Specificity of antivenomous sera, with special reference to a serum prepared with the venom of Daboia russellii - Number 16
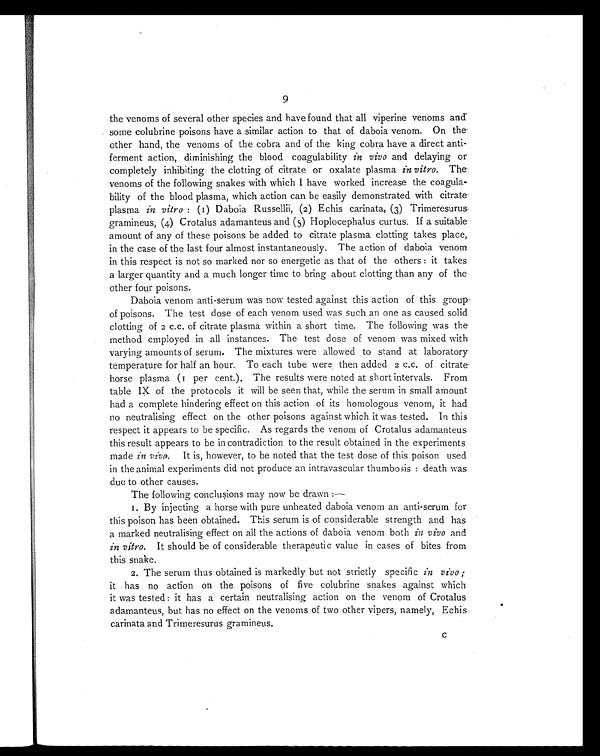
9
the venoms of several other species and have found that all viperine venoms and
some colubrine poisons have a similar action to that of daboia venom. On the
other hand, the venoms of the cobra and of the king cobra have a direct anti-
ferment action, diminishing the blood coagulability in vivo and delaying or
completely inhibiting the clotting of citrate or oxalate plasma in vitro. The
venoms of the following snakes with which I have worked increase the coagula-
bility of the blood plasma, which action can be easily demonstrated with citrate
plasma in vitro : (1) Daboia Russellii, (2) Echis carinata, (3) Trimeresurus
gramineus, (4) Crotalus adamanteus and (5) Hoplocephalus curtus. If a suitable
amount of any of these poisons be added to citrate plasma clotting takes place,
in the case of the last four almost instantaneously. The action of daboia venom
in this respect is not so marked nor so energetic as that of the others : it takes
a larger quantity and a much longer time to bring about clotting than any of the
other four poisons.
Daboia venom anti-serum was now tested against this action of this group
of poisons. The test dose of each venom used was such an one as caused solid
clotting of 2 c.c. of citrate plasma within a short time. The following was the
method employed in all instances. The test dose of venom was mixed with
varying amounts of serum. The mixtures were allowed to stand at laboratory
temperature for half an hour. To each tube were then added 2 c.c. of citrate
horse plasma (1 per cent.). The results were noted at short intervals. From
table IX of the protocols it will be seen that, while the serum in small amount
had a complete hindering effect on this action of its homologous venom, it had
no neutralising effect on the other poisons against which it was tested. In this
respect it appears to be specific. As regards the venom of Crotalus adamanteus
this result appears to be in contradiction to the result obtained in the experiments
made in vivo. It is, however, to be noted that the test dose of this poison used
in the animal experiments did not produce an intravascular thumbosis : death was
due to other causes.
The following conclusions may now be drawn :—
1. By injecting a horse with pure unheated daboia venom an anti-serum for
this poison has been obtained. This serum is of considerable strength and has
a marked neutralising effect on all the actions of daboia venom both in vivo and
in vitro. It should be of considerable therapeutic value in cases of bites from
this snake.
2. The serum thus obtained is markedly but not strictly specific in vivo ;
it has no action on the poisons of five colubrine snakes against which
it was tested : it has a certain neutralising action on the venom of Crotalus
adamanteus, but has no effect on the venoms of two other vipers, namely, Echis
carinata and Trimeresurus gramineus.
C